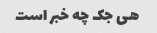
هی جک چه خبر است